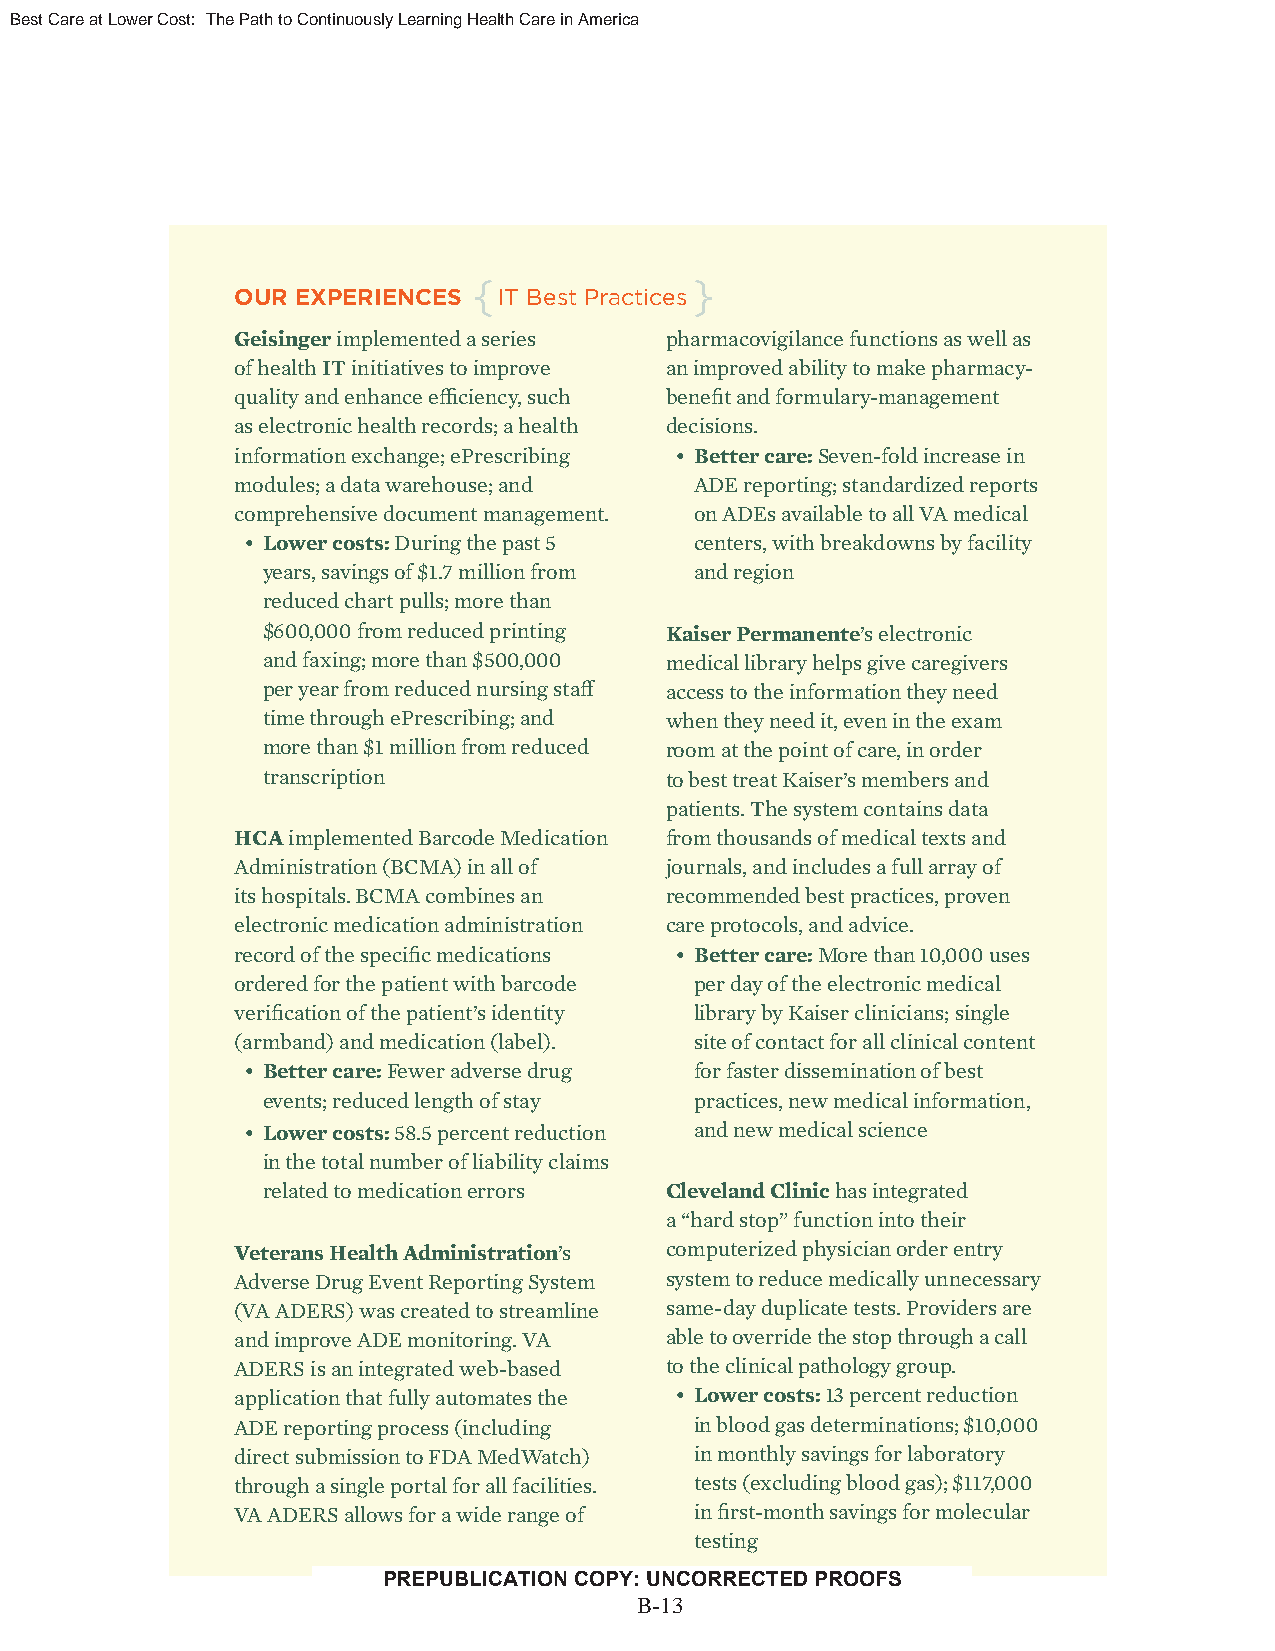
Best Care at Lower Cost: The Path to Continuously Learning Health Care in America
 {              }
 OUR EXPERIENCES  IT Best Practices
 Geisinger implemented a series pharmacovigilance functions as well as
 of health IT initiatives to improve an improved ability to make pharmacy-
 quality and enhance effi ciency, such benefi t and formulary-management
 as electronic health records; a health decisions.
 information exchange; ePrescribing • Better care: Seven-fold increase in
 modules; a data warehouse; and ADE reporting; standardized reports
 comprehensive document management. on ADEs available to all VA medical
 • Lower costs: During the past 5 centers, with breakdowns by facility
 years, savings of $1.7 million from and region
 reduced chart pulls; more than
 $600,000 from reduced printing Kaiser Permanente’s electronic
 and faxing; more than $500,000 medical library helps give caregivers
 per year from reduced nursing staff access to the information they need
 time through ePrescribing; and when they need it, even in the exam
 more than $1 million from reduced room at the point of care, in order
 transcription              to best treat Kaiser’s members and
 patients. The system contains data
 HCA implemented Barcode Medication from thousands of medical texts and
 Administration (BCMA) in all of journals, and includes a full array of
 its hospitals. BCMA combines an recommended best practices, proven
 electronic medication administration care protocols, and advice.
 record of the specifi c medications • Better care: More than 10,000 uses
 ordered for the patient with barcode per day of the electronic medical
 verifi cation of the patient’s identity library by Kaiser clinicians; single
 (armband) and medication (label). site of contact for all clinical content
 • Better care: Fewer adverse drug for faster dissemination of best
 events; reduced length of stay practices, new medical information,
 • Lower costs: 58.5 percent reduction and new medical science
 in the total number of liability claims
 related to medication errors Cleveland Clinic has integrated
 a “hard stop” function into their
 Veterans Health Administration’s computerized physician order entry
 Adverse Drug Event Reporting System system to reduce medically unnecessary
 (VA ADERS) was created to streamline same-day duplicate tests. Providers are
 and improve ADE monitoring. VA able to override the stop through a call
 ADERS is an integrated web-based to the clinical pathology group.
 application that fully automates the • Lower costs: 13 percent reduction
 ADE reporting process (including in blood gas determinations; $10,000
 direct submission to FDA MedWatch) in monthly savings for laboratory
 through a single portal for all facilities. tests (excluding blood gas); $117,000
 VA ADERS allows for a wide range of in fi rst-month savings for molecular
 testing
 PREPUBLICATION COPY: UNCORRECTED PROOFS
 1B1 -13
 Copyright © National Academy of Sciences. All rights reserved.